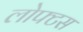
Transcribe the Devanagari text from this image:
लोफ्टस